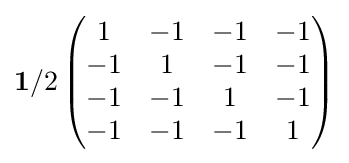
{\mathbf {1} /2}\left({\begin{matrix}1&-1&-1&-1\\-1&1&-1&-1\\-1&-1&1&-1\\-1&-1&-1&1\end{matrix}}\right)